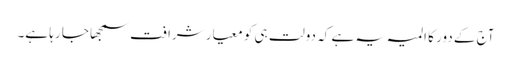
آج کے دور کا المیہ یہ ہے کہ دولت ہی کو معیار شرافت سمجھا جا رہا ہے۔